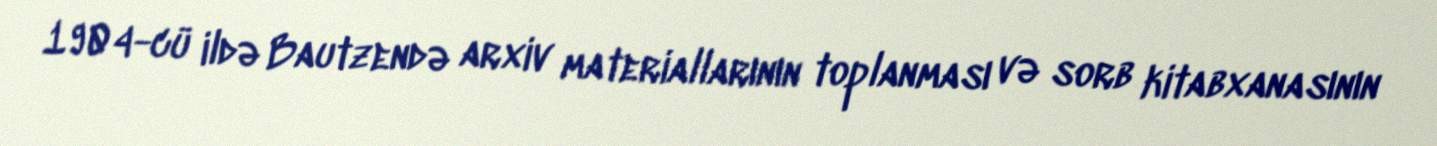
1904-cü ildə Bautzendə arxiv materiallarının toplanması və sorb kitabxanasının